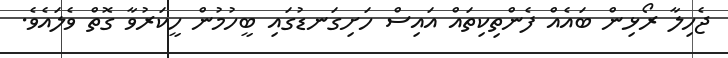
ޖެހިލާ ރޯޅިން ބައެއް ފެންތިކިތައް އައިސް ހަށިގަނޑުގައި ބީހުމުން ހީކަރުވާ ގޮތް ވެލައެވެ.